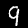
Label: 9